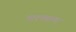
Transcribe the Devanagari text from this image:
पाश्च्यात्य